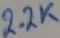
Text: 2.2K